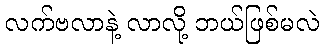
လက်ဗလာနဲ့ လာလို့ ဘယ်ဖြစ်မလဲ